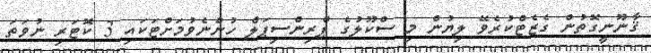
ޤާނޫނީގޮތުން ގެޒެޓްކުރެވޭ ލިޔުން މި ސްކޫލުގެ ޕްރިންސިޕަލް ހުންނެވުމަށްޓަކައި 3 ކޮޓަރި ނުވަތަ